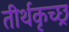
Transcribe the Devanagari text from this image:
तीर्थकृच्छ्र